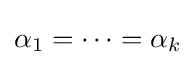
\alpha _{1}=\cdots =\alpha _{k}